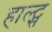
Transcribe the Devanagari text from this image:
हाल्ट्स